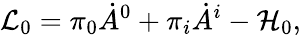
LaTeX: {\cal L}_{0}=\pi_{0}\dot{A}^{0}+\pi_{i}\dot{A}^{i}-{\cal H}_{0},